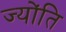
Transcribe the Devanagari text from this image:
ज्योंति